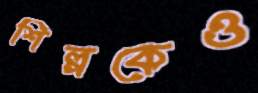
শিল্পকেও